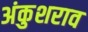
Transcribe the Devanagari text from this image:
अंकुशराव